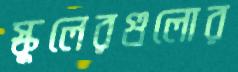
স্কুলেরগুলোর